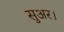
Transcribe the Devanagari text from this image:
सुअर।